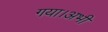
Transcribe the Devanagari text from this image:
गया।अभी